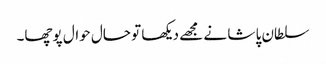
سلطان پا شا نے مجھے دیکھا تو حال حوال پوچھا۔